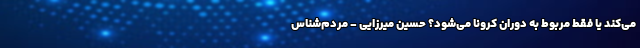
می‌کند یا فقط مربوط به دوران کرونا می‌شود؟ حسین میرزایی - مردم‌شناس